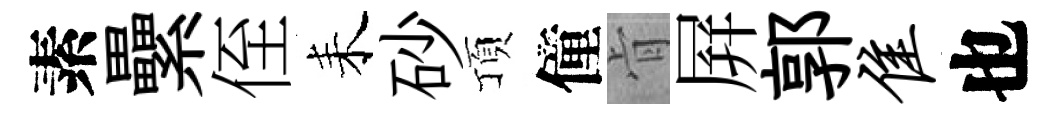
素纍侄耒砂頂僮肻屛郭隹也